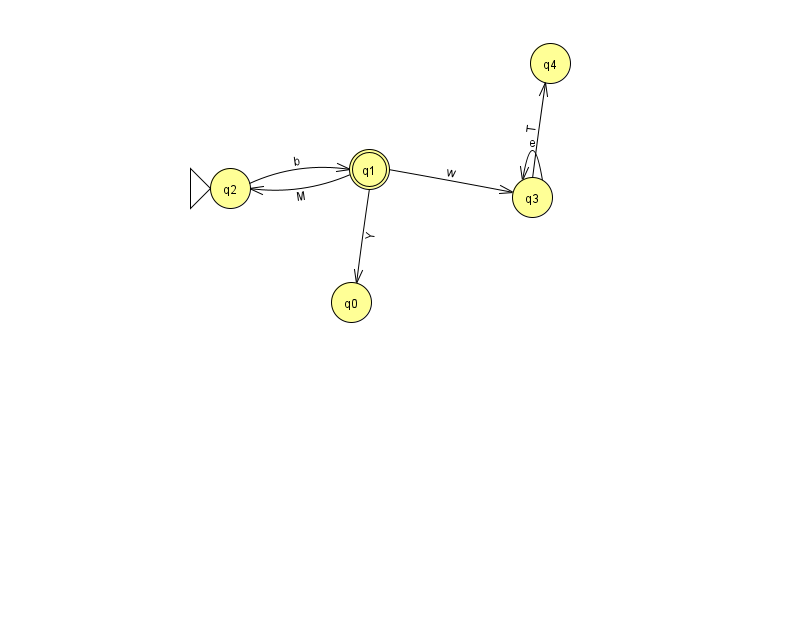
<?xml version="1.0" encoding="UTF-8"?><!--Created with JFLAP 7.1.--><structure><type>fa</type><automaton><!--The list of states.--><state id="0" name="q0"><x>351.0</x><y>289.0</y></state><state id="1" name="q1"><x>369.0</x><y>156.0</y><final/></state><state id="2" name="q2"><x>230.0</x><y>175.0</y><initial/></state><state id="3" name="q3"><x>532.0</x><y>184.0</y></state><state id="4" name="q4"><x>550.0</x><y>50.0</y></state><!--The list of transitions.--><transition><from>1</from><to>2</to><read>M</read></transition><transition><from>3</from><to>4</to><read>T</read></transition><transition><from>1</from><to>3</to><read>w</read></transition><transition><from>3</from><to>3</to><read>e</read></transition><transition><from>1</from><to>0</to><read>Y</read></transition><transition><from>2</from><to>1</to><read>b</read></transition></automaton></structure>